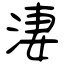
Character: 淒